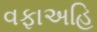
વફાઅહિ